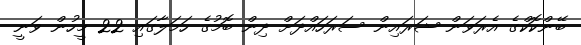
ބޭންކޮކްގެ އެރަވަން ޝަރައިން ސަރަހައްދަށް ދިން ބޮމުގެ ހަމަލާގައި 22 މީހުން ވަނީ